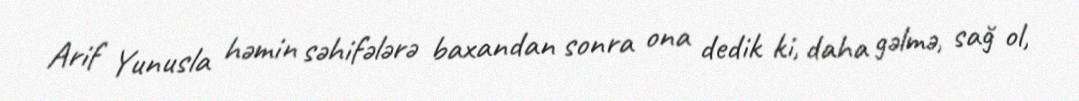
Arif Yunusla həmin səhifələrə baxandan sonra ona dedik ki, daha gəlmə, sağ ol,